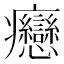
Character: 𤼣